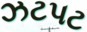
ઝટપટ